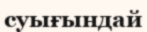
суығындай